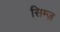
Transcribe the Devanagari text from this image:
सिम्ज़